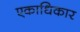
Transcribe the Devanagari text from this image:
एकाधिकार